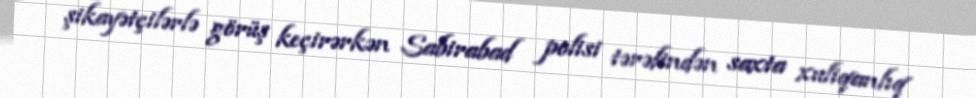
şikayətçilərlə görüş keçirərkən Sabirabad polisi tərəfindən saxta xuliqanlıq